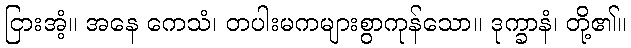
ငြားအံ့။ အနေ ကေသံ၊ တပါးမကများစွာကုန်သော။ ဒုက္ခာနံ၊ တို့၏။